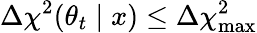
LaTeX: \Delta\chi^{2}(\theta_{t}\mid x)\le\Delta\chi_{\mathrm{max}}^{2}